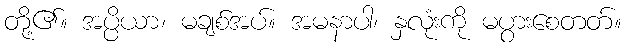
တို့၏။ အပ္ပိယာ၊ မချစ်အပ်။ အမနာပါ၊ နှလုံးကို မပွားစေတတ်။